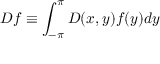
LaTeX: D f \equiv \int _ { - \pi } ^ { \pi } D ( x , y ) f ( y ) d y